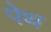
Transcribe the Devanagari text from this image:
पेथ